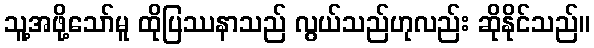
သူ့အဖို့သော်မူ ထိုပြဿနာသည် လွယ်သည်ဟုလည်း ဆိုနိုင်သည်။